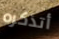
أتذكره